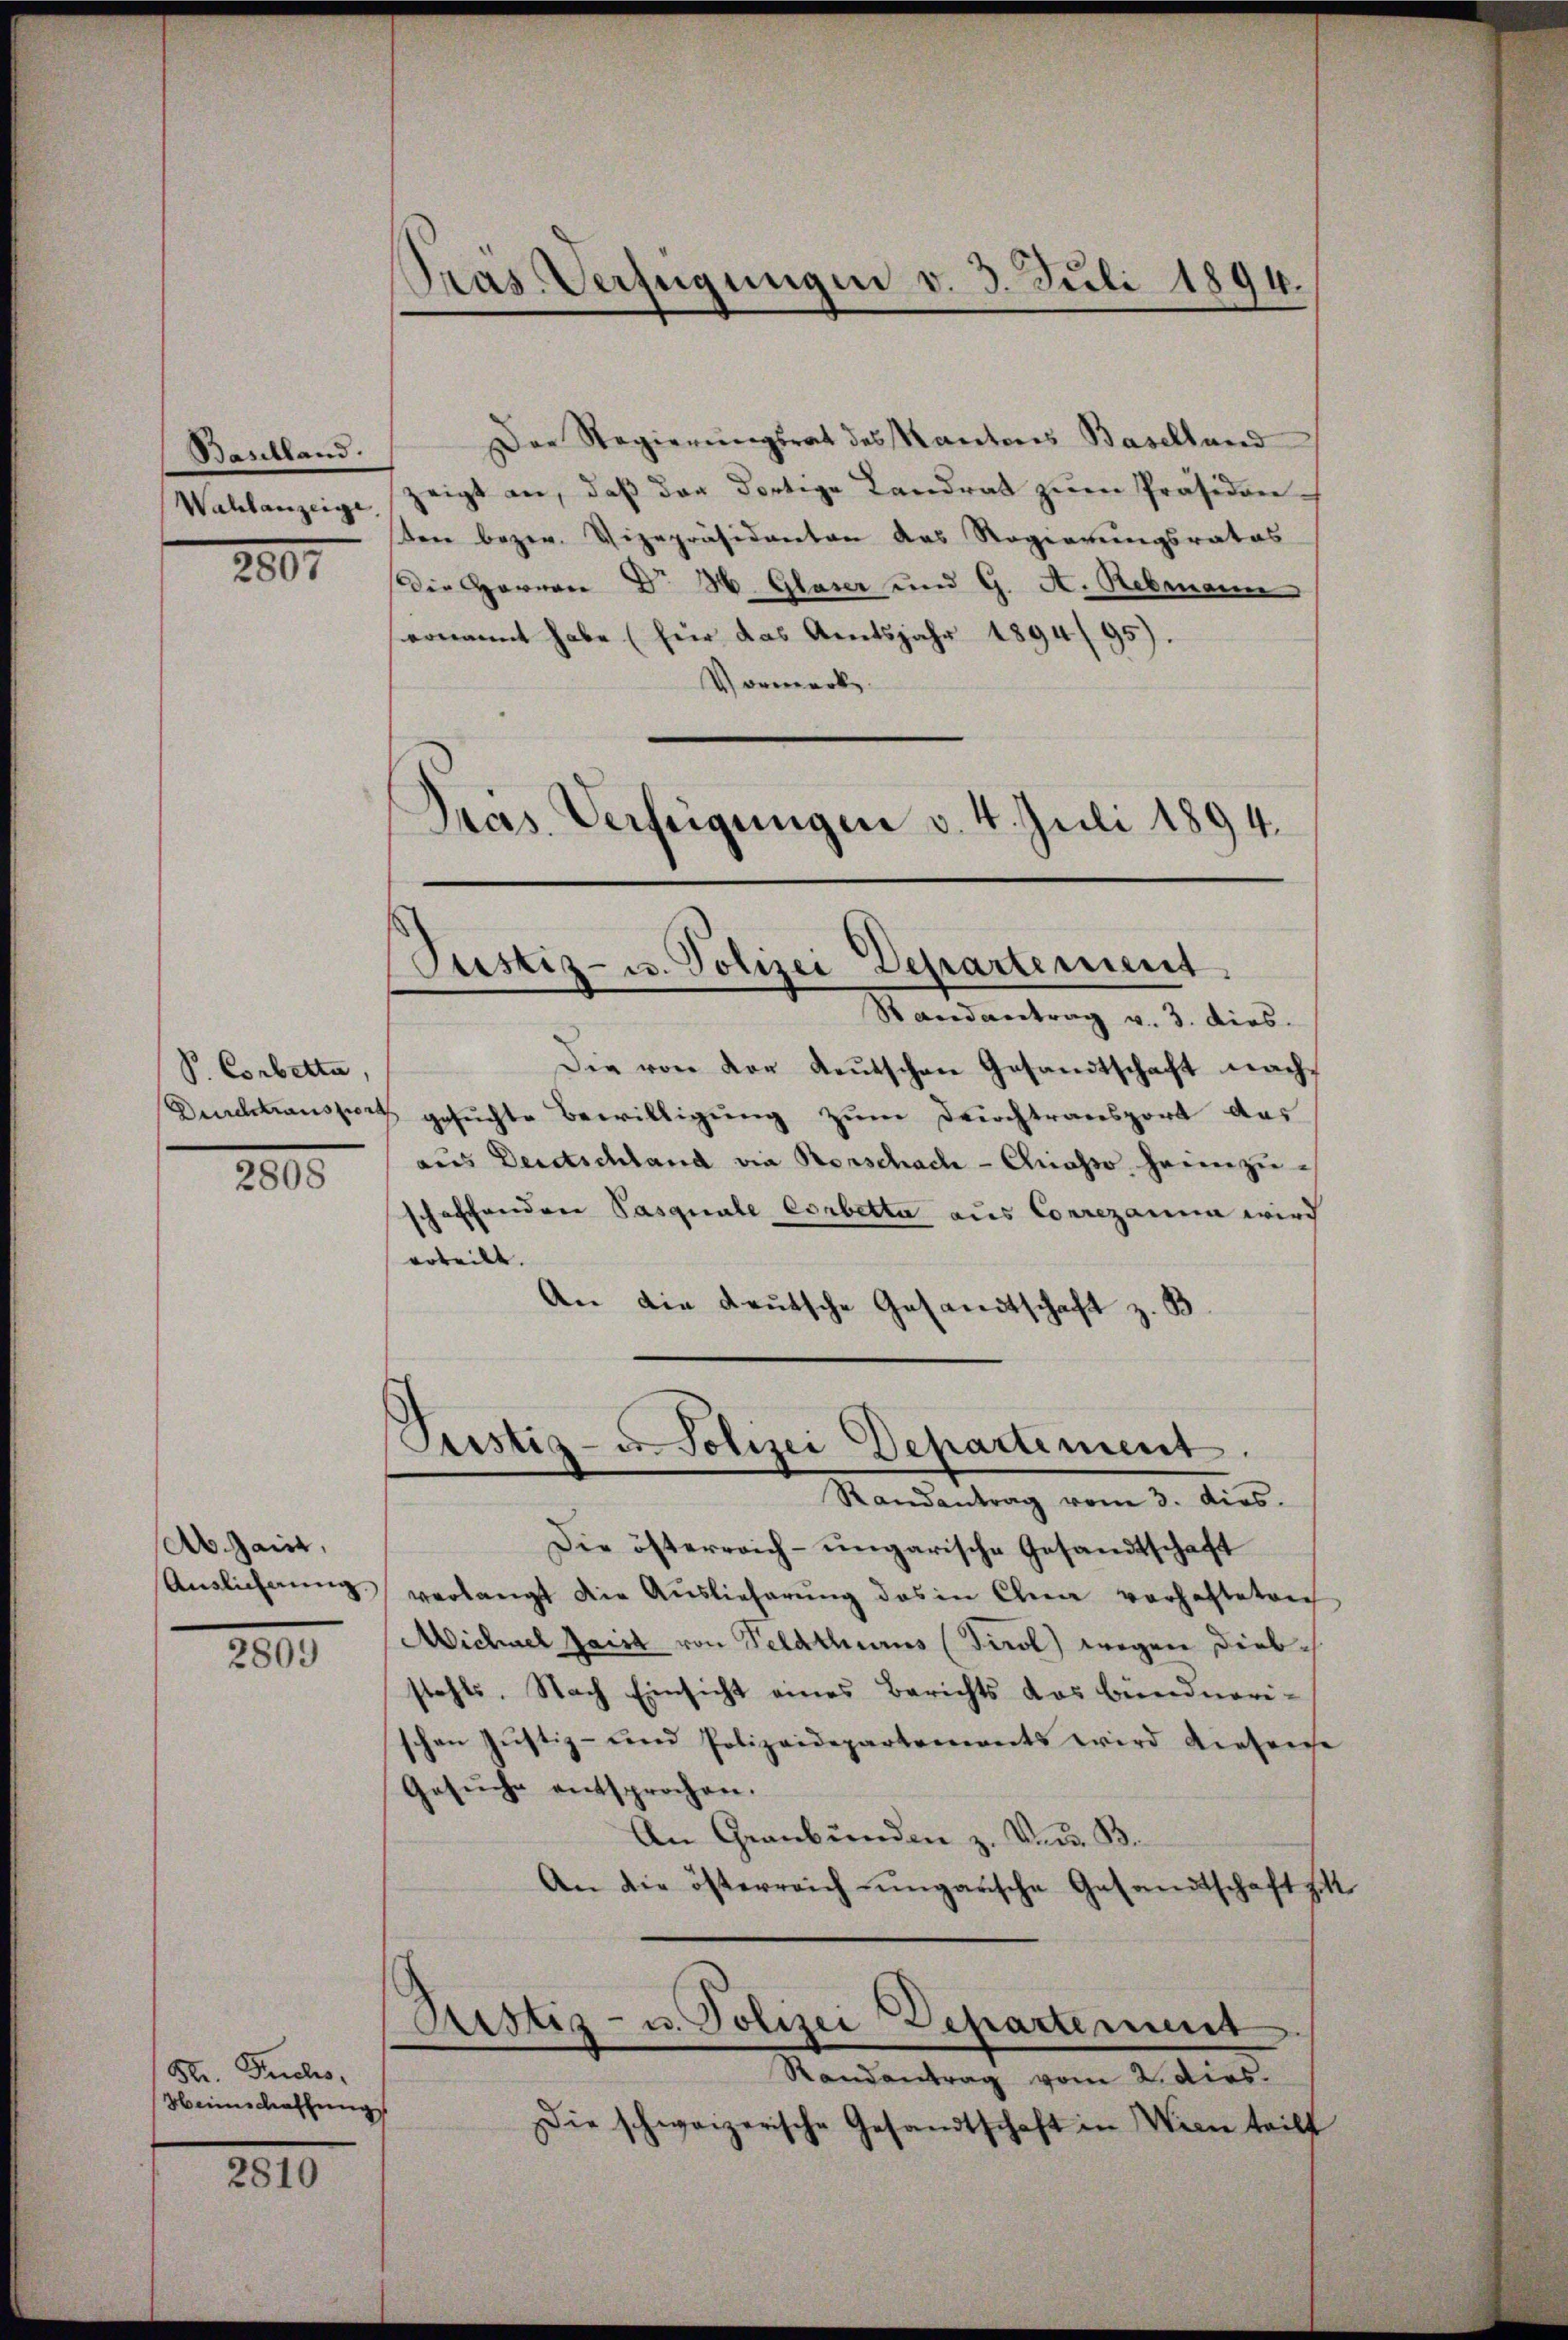
Baselland.

2807

P. Corbetta,

2000.

Ab. Hainz,
Auslichung.

2809

Str. Fuchs,
Heimschaffung

2810

Der Regierŭngsrat des Kantons Baselland
Wahlanzeige zeigt an, daβ der dortige Landrat zŭm Präsidenten bezw. Vizepräsidenten das Regierungsrates
Die Herren Dr. 36. Glaser und 9. A. Rebmann
ernannt habe (für das Amtsjahr 1894/95).
Vormerk
Pras. Verfeigungen v. 4. Juli 1894.

Pras Verfügungen v. 3. Juli 1894.

Justiz- u. Polizei Departement.

Randantrag v. 3. dies
Die von der deutschen Gesandtschaft nach¬
Durchtransport gesuchte Bewilligung zum Drichtransport das
aus Deutschland die Rorschach - Chiasso heimzuschaffenden Pasquale Corbetta aus Conrezanna wird
erteilt.
An die deutsche Gesandtschaft z. B

Die österreich-ungarische Gesandtschaft
verlangt die Auslieferŭng des in Chia vorhafteten
Michael Jaist von Veldthurs (Tirol) wegen Diebstahls. Nach Einsicht eines Berichts das Bündnerischen Jŭstiz- und Polizeidepartements wird diesense
Gesŭche entsprochen.
An Graubünden z. V. B.
An die österreich ungarische Gesandtschaft zit
Ristiz- u. Polizei Departement
Randantrag vom 2. dies.
Die schweizerische Gesandtschaft in Wien teilt

Justiz- u Polizei Departement.
Randantrag vom 3. dies